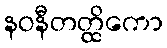
နဝနီတတ္ထိကော